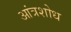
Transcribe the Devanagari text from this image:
आंत्रशोध